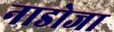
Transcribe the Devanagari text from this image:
नाडोजा